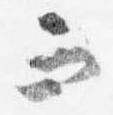
而